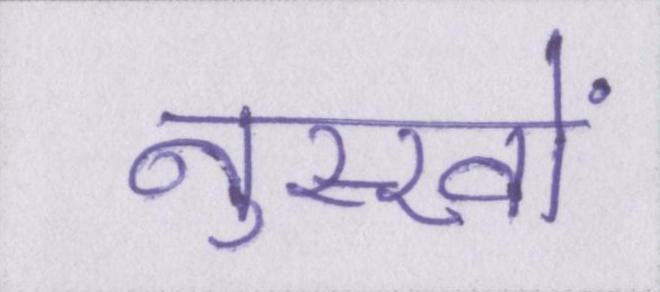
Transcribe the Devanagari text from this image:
नुस्खों